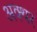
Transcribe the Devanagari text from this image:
अक्थर